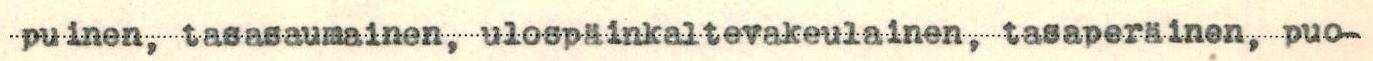
puinen, tasasaumainen, ulospäinkaltevakeulainen, tasaperäinen, puo-